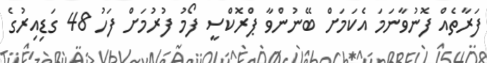
ފަރާތެއް ފޮނުވާނަމަ އެކަމަށް ބޭނުންވާ ޕްރޮކްސީ ފޯމު ފުރުމަށް ފަހު 48 ގަޑިއިރުގެ